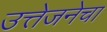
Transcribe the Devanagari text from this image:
उत्तेजनेचा